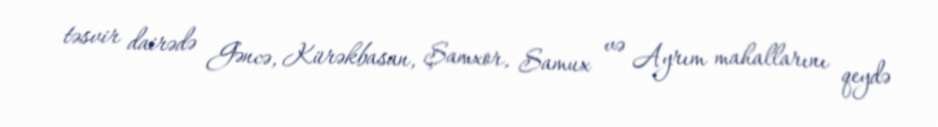
təsvir dairədə Gəncə, Kürəkbasan, Şamxor, Samux və Ayrım mahallarını qeydə